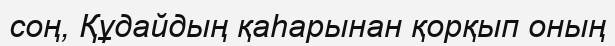
соң, Құдайдың қаһарынан қорқып оның